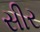
સીર